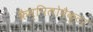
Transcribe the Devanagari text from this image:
कैम्पिलोबैक्टर